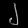
Digit: ၂